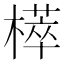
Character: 㯜